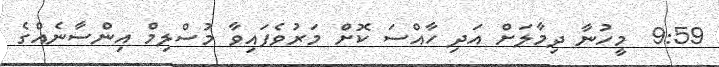
9:59  މީހުނާ ދިމާލަށް އަދި ހާއްސަ ކޮށް މަރުވެފައިވާ މުސްލިމް އިންސާނެއްގެ